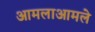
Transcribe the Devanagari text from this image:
आमलाआमले